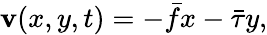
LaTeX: {\mathbf{v}}(x,y,t)=-\bar{{f}}x-\bar{{\tau}}y,